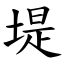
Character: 堤